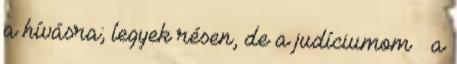
a hívásra; legyek résen, de a judí­ci­u­mom – a